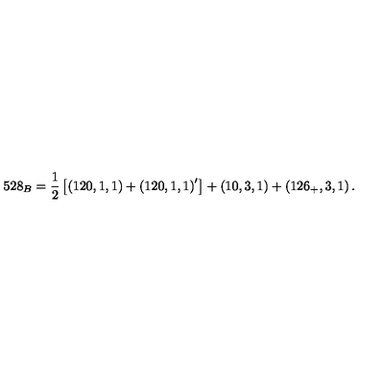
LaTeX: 5 2 8 _ { B } = \frac 1 2 \left[ \left( 1 2 0 , 1 , 1 \right) + \left( 1 2 0 , 1 , 1 \right) ^ { \prime } \right] + \left( 1 0 , 3 , 1 \right) + \left( 1 2 6 _ { + } , 3 , 1 \right) .